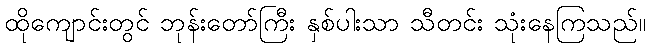
ထိုကျောင်းတွင် ဘုန်းတော်ကြီး နှစ်ပါးသာ သီတင်း သုံးနေကြသည်။